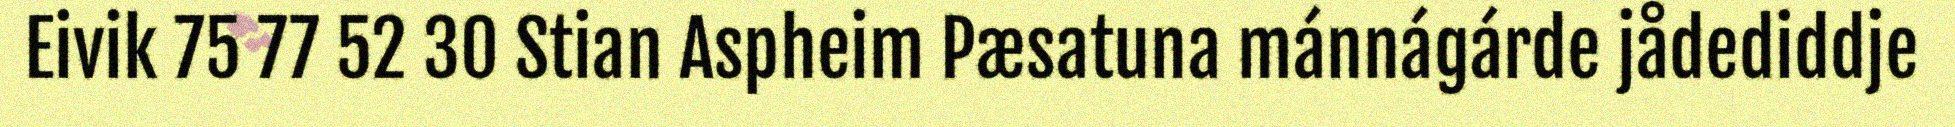
Eivik 75 77 52 30 Stian Aspheim Pæsatuna mánnágárde jådediddje